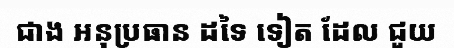
ជាង អនុប្រធាន ដទៃ ទៀត ដែល ជួយ